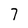
Character: 7